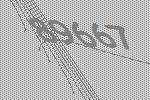
89667